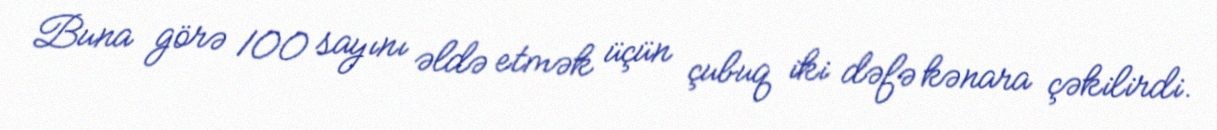
Buna görə 100 sayını əldə etmək üçün çubuq iki dəfə kənara çəkilirdi.